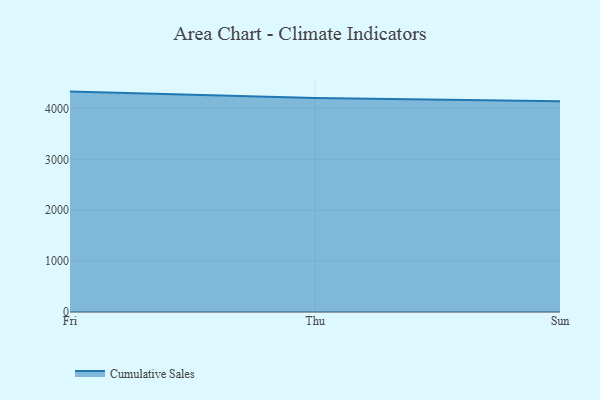
{"axis": {"x": "Day", "y": "Churn Rate (%)"}, "legend": ["Cumulative Sales"], "data": [{"x": "Fri", "y": 4330.7, "type": "Cumulative Sales"}, {"x": "Thu", "y": 4203.4, "type": "Cumulative Sales"}, {"x": "Sun", "y": 4139.8, "type": "Cumulative Sales"}]}